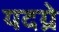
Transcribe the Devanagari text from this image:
यदग्रे